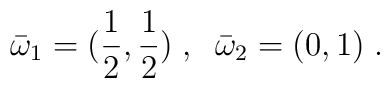
{\bar \omega}_1 = (\frac 1{2}, \frac 1{2})\;,\;\;{\bar \omega}_2 = (0,1)\;.